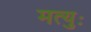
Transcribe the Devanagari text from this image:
मत्युः